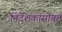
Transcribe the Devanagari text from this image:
निर्देशकांसोबत